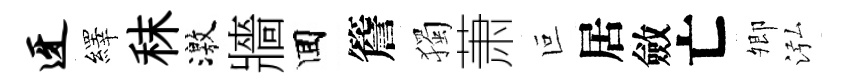
迓繹秣激牆囬簷獨萧叵居斂亡𡖖泓